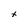
Character: x